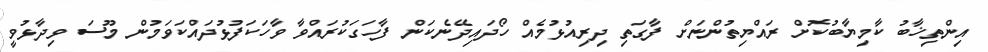
އިންތިޚާބު ކާމިޔާބުކޮށް ރައްޔިތުންނަށް ފާގަތި ދިރިއުޅުމެއް ހޯދައިދޭނެކަން ފާހަގަކުރައްވާ ވާހަކަފުޅުދައްކަވަމުން މޫސަ ވިދާޅުވީ